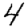
Digit: 4